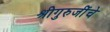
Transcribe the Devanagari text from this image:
श्रीगुरुजींचे